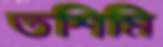
তশিমি